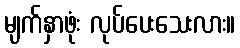
မျက်နှာဖုံး လုပ်ပေးသေးလား။